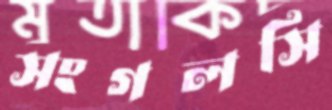
সংগলসি